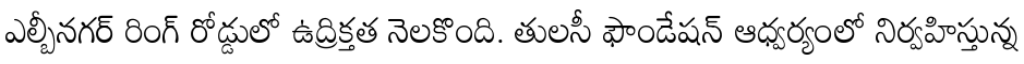
ఎల్బీనగర్ రింగ్ రోడ్డులో ఉద్రిక్తత నెలకొంది. తులసీ ఫౌండేషన్ ఆధ్వర్యంలో నిర్వహిస్తున్న